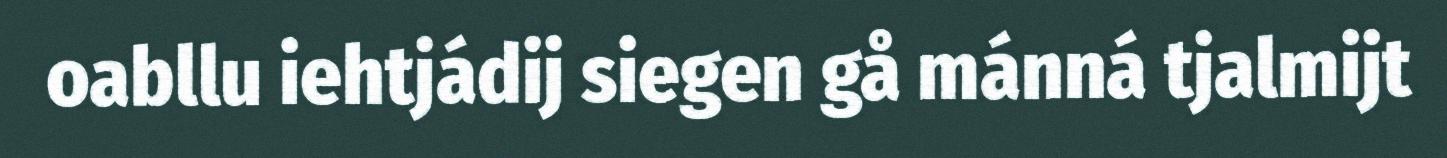
oabllu iehtjádij siegen gå mánná tjalmijt